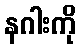
နဂါးကို